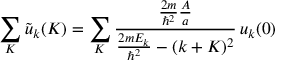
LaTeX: \sum _ { K } { \tilde { u } } _ { k } ( K ) = \sum _ { K } { \frac { { \frac { 2 m } { \hbar ^ { 2 } } } { \frac { A } { a } } } { { \frac { 2 m E _ { k } } { \hbar ^ { 2 } } } - ( k + K ) ^ { 2 } } } \, u _ { k } ( 0 )